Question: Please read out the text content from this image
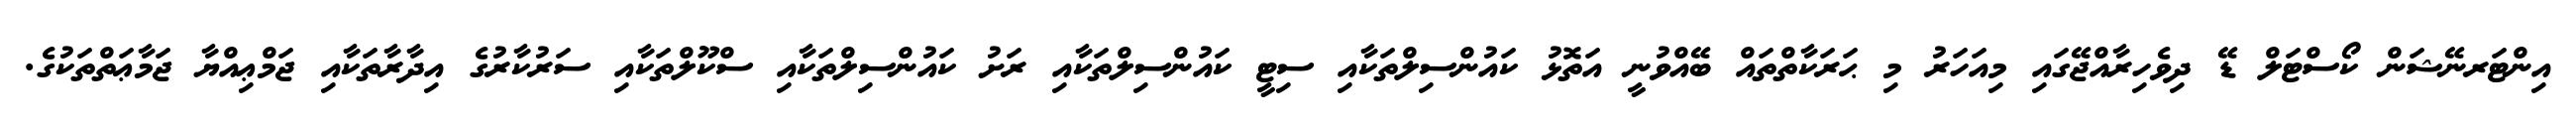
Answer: އިންޓަރނޭޝަން ކޯސްޓަލް ޑޭ ދިވެހިރާއްޖޭގައި މިއަހަރު މި ޙަރަކާތްތައް ބޭއްވުނީ އަތޮޅު ކައުންސިލްތަކާއި ސިޓީ ކައުންސިލްތަކާއި ރަށު ކައުންސިލްތަކާއި ސްކޫލްތަކާއި ސަރުކާރުގެ އިދާރާތަކާއި ޖަމްޢިއްޔާ ޖަމާޢަތްތަކުގެ.